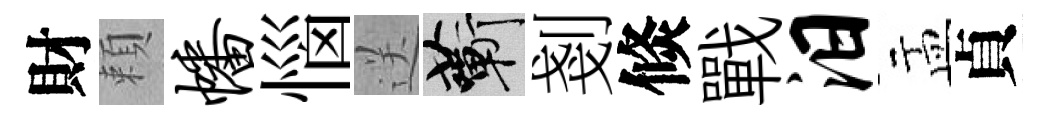
財頼幡惱送蔪剗倐戰汨盂貞